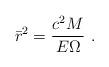
LaTeX: \begin{align*}\bar r^2={c^2 M\over E\Omega}\ .\end{align*}